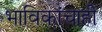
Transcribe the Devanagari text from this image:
भाविकांचाही